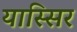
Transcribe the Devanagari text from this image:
यास्सिर